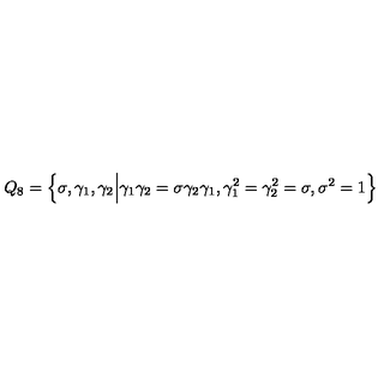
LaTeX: Q _ { 8 } = \Big \{ \sigma , \gamma _ { 1 } , \gamma _ { 2 } \Big | \gamma _ { 1 } \gamma _ { 2 } = \sigma \gamma _ { 2 } \gamma _ { 1 } , \gamma _ { 1 } ^ { 2 } = \gamma _ { 2 } ^ { 2 } = \sigma , \sigma ^ { 2 } = 1 \Big \}